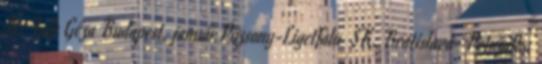
élt; Falk Géza Budapest, január Pozsony-Ligetfalu SK, Bratislava- Petržalka